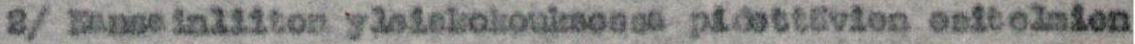
2/ Kansainliiton yleiskokouksessa pidettävien esitelmien